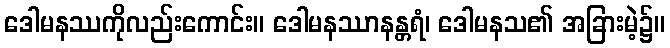
ဒေါမနဿကိုလည်းကောင်း။ ဒေါမနဿာနန္တရံ၊ ဒေါမနသ၏ အခြားမဲ့၌။